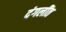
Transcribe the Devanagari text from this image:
दंगलींत